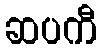
ဆပကီ